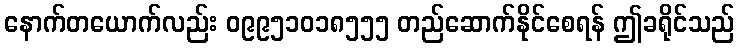
နောက်တယောက်လည်း ၀၉၉၅၁၀၁၈၅၅၅ တည်ဆောက်နိုင်စေရန် ဤခရိုင်သည်